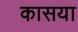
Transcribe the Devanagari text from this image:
कासया